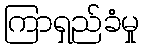
ကြာရှည်ခံမှု